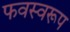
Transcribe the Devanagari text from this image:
फवस्वरूप